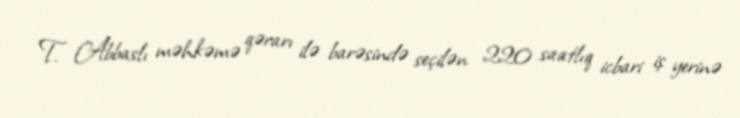
T. Abbaslı məhkəmə qərarı ilə barəsində seçilən 220 saatlıq icbari iş yerinə